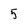
Character: 5